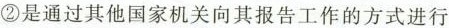
②是通过其他国家机关向其报告工作的方式进行